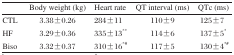
|  | Body weight (kg) | Heart rate | QT interval (ms) | QTc (ms) |
 | --- | --- | --- | --- | --- |
 | CTL | 3.38±0.26 | 284±11 | 110±9 | 125±7 |
 | HF | 3.29±0.36 | 335±13** | 114±6 | 137±5* |
 | Biso | 3.32±0.37 | 310±16*# | 117±5 | 130±4*# |